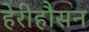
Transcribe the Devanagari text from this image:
हेरीहौसन